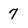
Character: 7